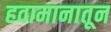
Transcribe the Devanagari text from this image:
हवामानातून